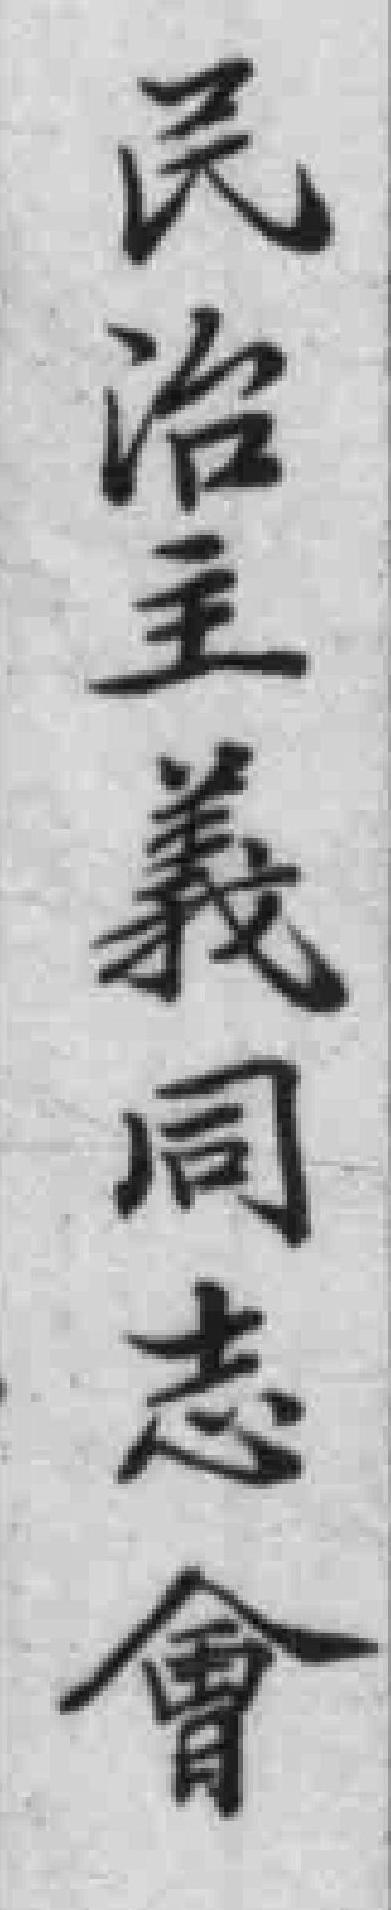
民治主義同志會